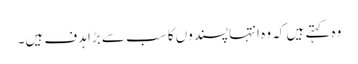
وہ کہتے ہیں کہ وہ انتہاپسندوں کا سب سے بڑا ہدف ہیں۔